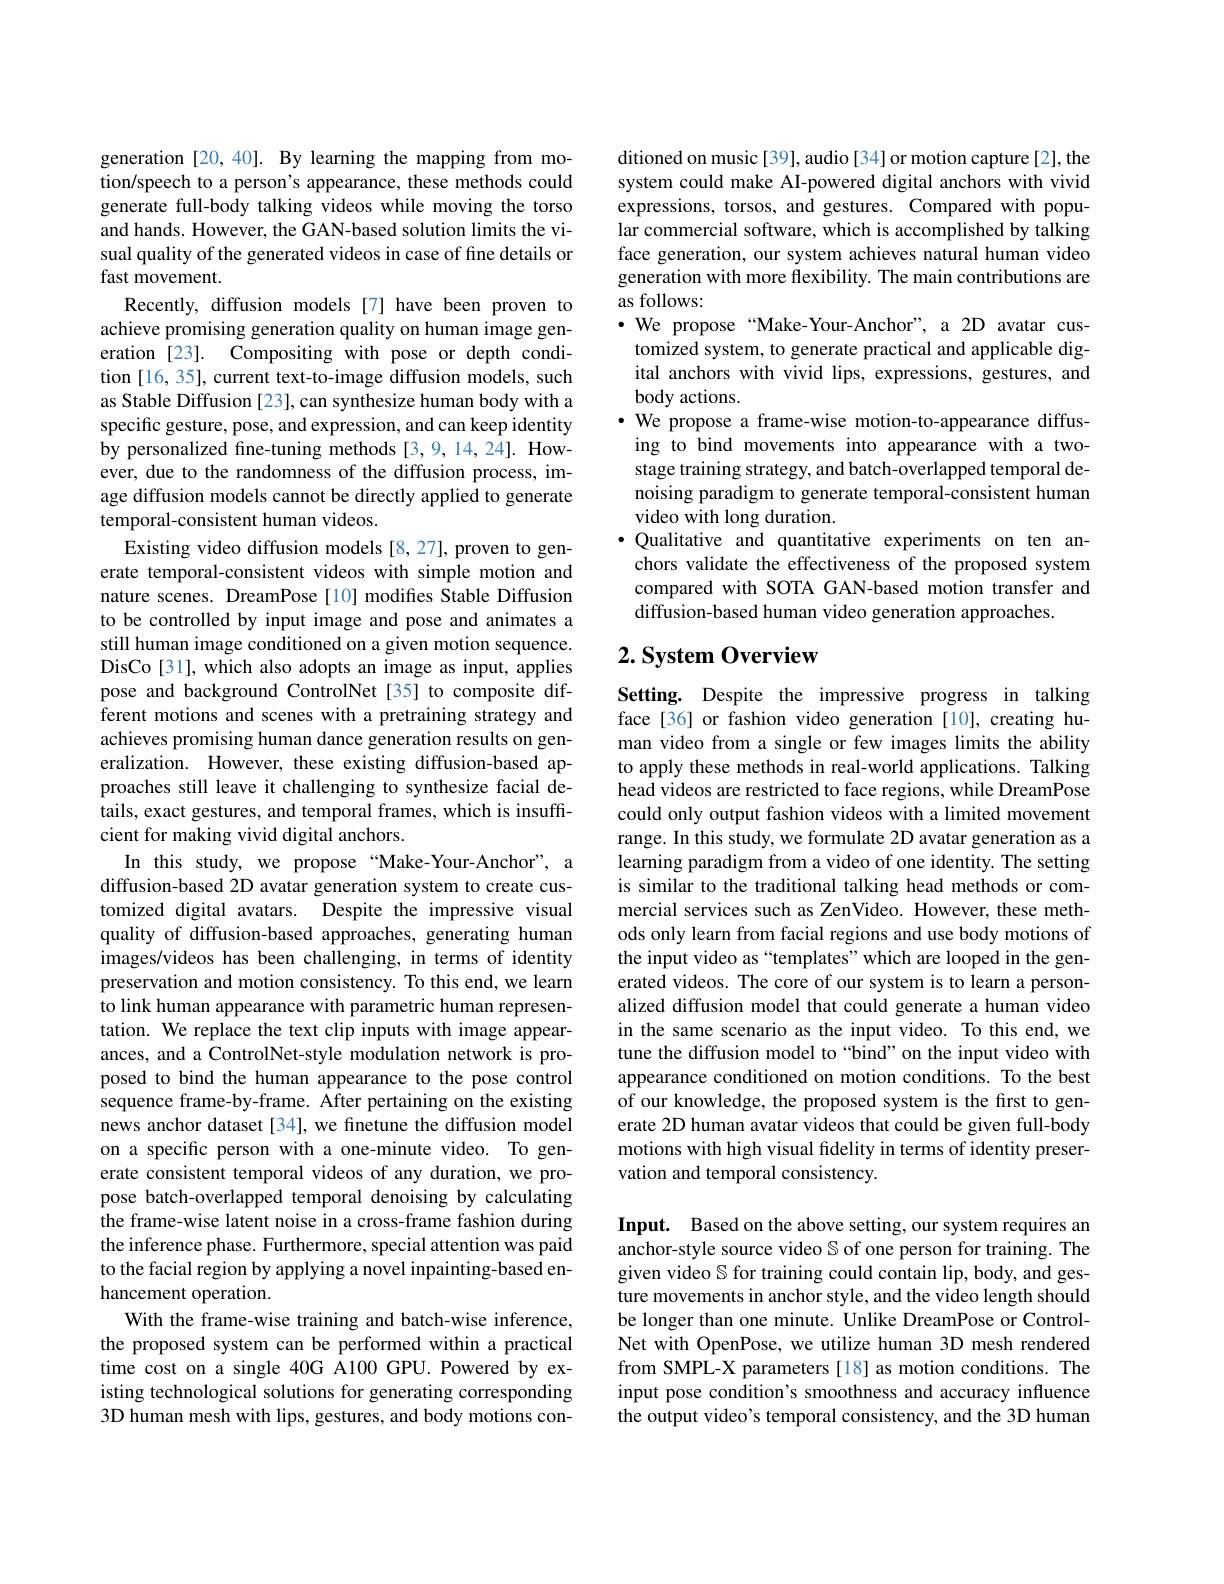
generation [20,40]. By learning the mapping from motion/speech to a person's appearance, these methods could generate full-body talking videos while moving the torso and hands. However, the GAN-based solution limits the visual quality of the generated videos in case of fine details or fast movement.
Recently, diffusion models[7] have been proven to achieve promising generation quality on human image generation [23]. Compositing with pose or depth condition [16, 35], current text-to-image diffusion models, such as Stable Diffusion [23], can synthesize human body with a specific gesture, pose, and expression, and can keep identity by personalized fine-tuning methods [3,9,14,24]. However, due to the randomness of the diffusion process, image diffusion models cannot be directly applied to generate temporal-consistent human videos.
Existing video diffusion models [8,27], proven to generate temporal-consistent videos with simple motion and nature scenes. DreamPose [10] modifies Stable Diffusion to be controlled by input image and pose and animates a still human image conditioned on a given motion sequence. DisCo[31], which also adopts an image as input, applies pose and background ControlNet [35] to composite different motions and scenes with a pretraining strategy and achieves promising human dance generation results on generalization. However, these existing diffusion-based approaches still leave it challenging to synthesize facial details, exact gestures, and temporal frames, which is insuffcient for making vivid digital anchors.
In this study, we propose “Make-Your-Anchor”, a diffusion-based 2D avatar generation system to create customized digital avatars. Despite the impressive visual quality of diffusion-based approaches, generating human images/videos has been challenging, in terms of identity preservation and motion consistency. To this end, we learn to link human appearance with parametric human representation. We replace the text clip inputs with image appearances, and a ControlNet-style modulation network is proposed to bind the human appearance to the pose control sequence frame-by-frame. After pertaining on the existing news anchor dataset [34], we finetune the diffusion model on a specific person with a one-minute video. To generate consistent temporal videos of any duration, we propose batch-overlapped temporal denoising by calculating the frame-wise latent noise in a cross-frame fashion during the inference phase. Furthermore, special attention was paid to the facial region by applying a novel inpainting-based enhancement operation.
With the frame-wise training and batch-wise inference, the proposed system can be performed within a practical time cost on a single 40G A100 GPU. Powered by existing technological solutions for generating corresponding 3D human mesh with lips, gestures, and body motions con-

ditioned on music[39], audio[34] or motion capture[2], the system could make AI-powered digital anchors with vivid expressions, torsos, and gestures. Compared with popular commercial software, which is accomplished by talking face generation, our system achieves natural human video generation with more flexibility. The main contributions are as follows:
·We propose“Make-Your-Anchor”, a 2D avatar customized system, to generate practical and applicable digital anchors with vivid lips, expressions, gestures, and body actions.
$\cdot$ We propose a frame-wise motion-to-appearance diffus-
ing to bind movements into appearance with a twostage training strategy, and batch-overlapped temporal denoising paradigm to generate temporal-consistent human video with long duration.
·Qualitative and quantitative experiments on ten anchors validate the effectiveness of the proposed system compared with SOTA GAN-based motion transfer and diffusion-based human video generation approaches.

## $2. \textbf{ System Overview}$

Setting. Despite the impressive progress in talking face[36] or fashion video generation[10], creating human video from a single or few images limits the ability to apply these methods in real-world applications. Talking head videos are restricted to face regions, while DreamPose could only output fashion videos with a limited movement range. In this study, we formulate 2D avatar generation as a learning paradigm from a video of one identity. The setting is similar to the traditional talking head methods or commercial services such as ZenVideo. However, these methods only learn from facial regions and use body motions of the input video as “templates”which are looped in the generated videos. The core of our system is to learn a personalized diffusion model that could generate a human video in the same scenario as the input video. To this end, we tune the diffusion model to “bind”on the input video with appearance conditioned on motion conditions. To the best of our knowledge, the proposed system is the first to generate 2D human avatar videos that could be given full-body motions with high visual fidelity in terms of identity preservation and temporal consistency.

Input. Based on the above setting, our system requires an anchor-style source video $\mathbb{S}$ of one person for training. The given video $\mathbb{S}$ for training could contain lip, body, and gesture movements in anchor style, and the video length should be longer than one minute. Unlike DreamPose or ControlNet with OpenPose, we utilize human 3D mesh rendered from SMPL-X parameters[18] as motion conditions. The input pose condition's smoothness and accuracy influence the output video's temporal consistency, and the 3D human